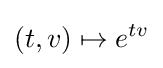
(t,v)\mapsto e^{tv}